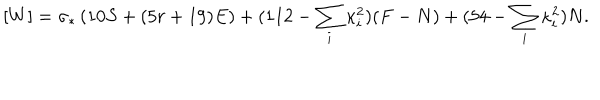
LaTeX: [ W ] = \sigma _ { * } \left( 1 0 S + ( 5 r + 1 9 ) E \right) + ( 1 1 2 - \sum _ { i } \kappa _ { i } ^ { 2 } ) ( F - N ) + ( 5 4 - \sum _ { i } \kappa _ { i } ^ { 2 } ) N .